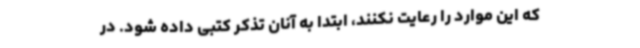
که این موارد را رعایت نکنند، ابتدا به آنان تذکر کتبی داده شود. در